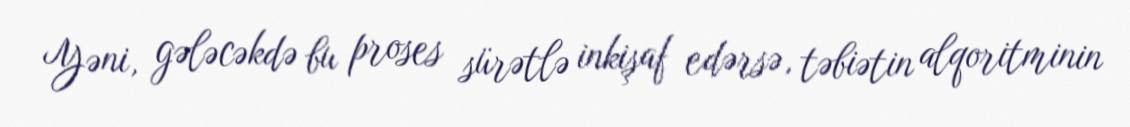
Yəni, gələcəkdə bu proses sürətlə inkişaf edərsə, təbiətin alqoritminin